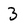
Character: 3